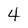
Character: 4